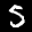
Label: 5